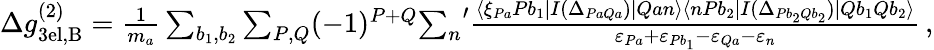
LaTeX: \begin{array}{r}{\Delta g_{\mathrm{3el,B}}^{(2)}=\frac{1}{m_{a}}\sum_{b_{1},b_{2}}\sum_{P,Q}(-1)^{P+Q}{\sum_{n}}^{\prime}\frac{\langle\xi_{Pa}Pb_{1}|I(\Delta_{PaQa})|Qan\rangle\langle nPb_{2}|I(\Delta_{Pb_{2}Qb_{2}})|Qb_{1}Qb_{2}\rangle}{\varepsilon_{Pa}+\varepsilon_{Pb_{1}}-\varepsilon_{Qa}-\varepsilon_{n}}\, ,}\end{array}